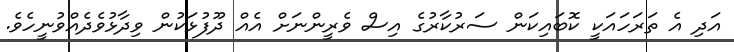
އަދި އެ ތަރަހައަކީ ކޮބައިކަން ސަރުކާރުގެ އިސް ވެރީންނަށް އެއް ދޫފުޅަކުން ވިދާޅުވެދެއްވުނީހެވެ.